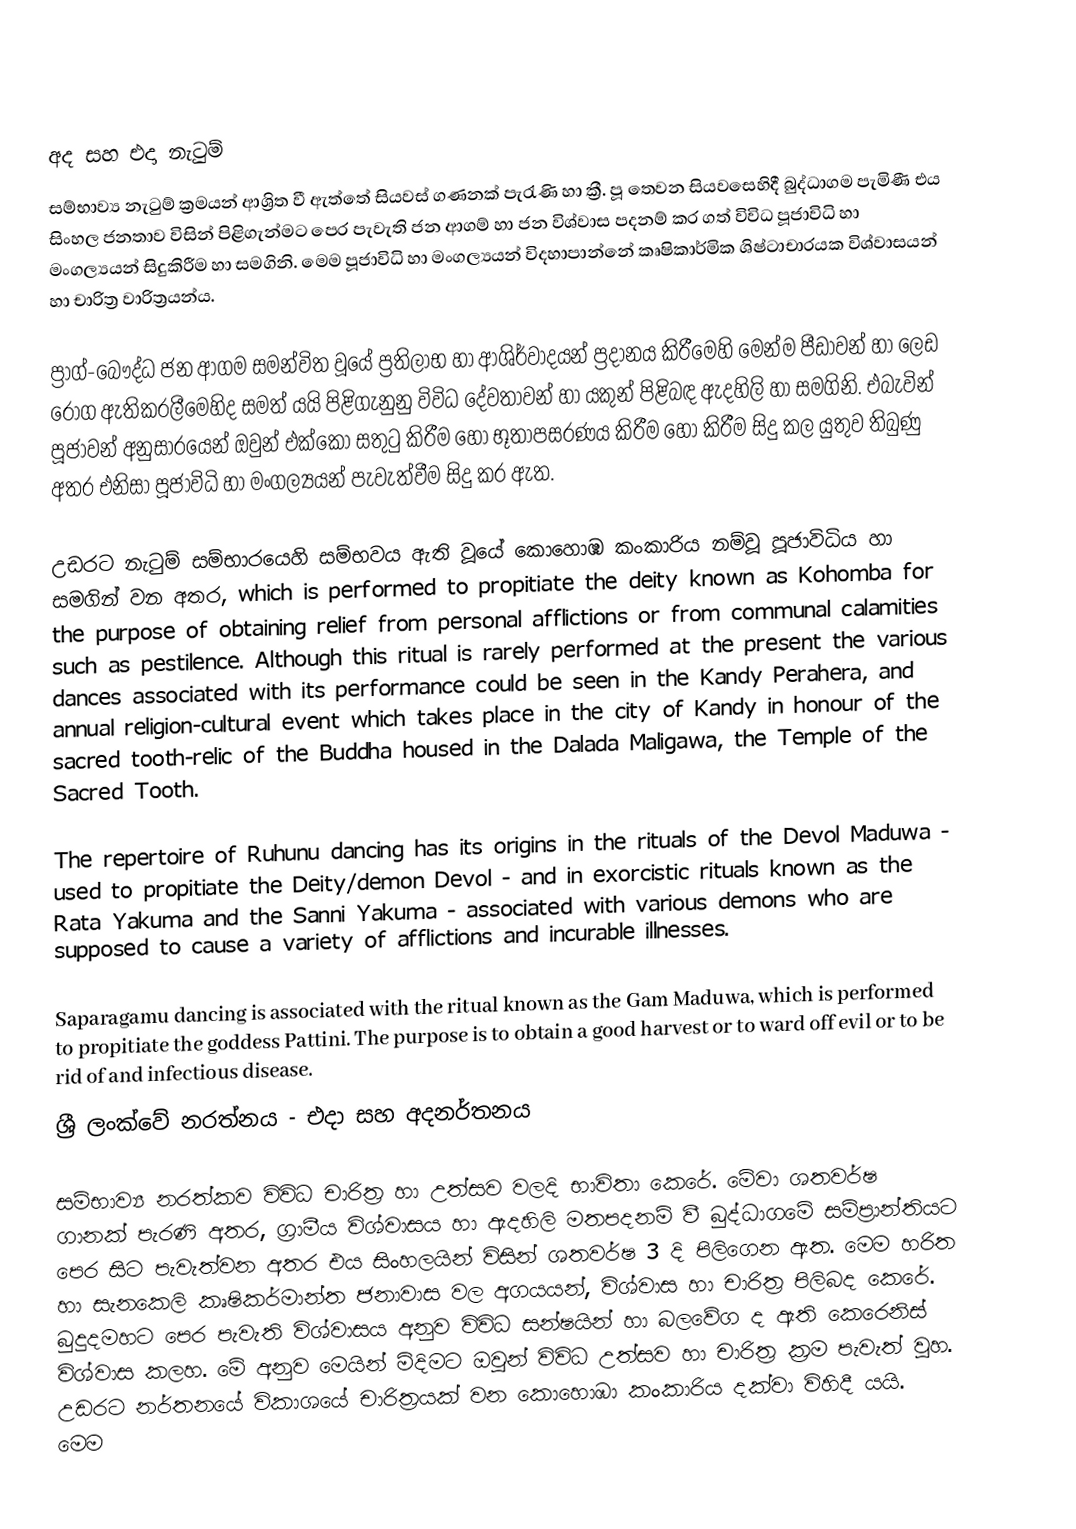

අද සහ එදා නැටුම්
සම්භාව්‍ය නැටුම් ක්‍රමයන් ආශ්‍රිත වී ඇත්තේ ‍සියවස් ගණනක් පැරැණි හා ක්‍රී. පූ තෙවන සියවසෙහිදී බුද්ධාගම පැමිණී එය සිංහල ජනතාව විසින් පිළිගැන්මට පෙර පැවැති ජන ආගම් හා ජන විශ්වාස පදනම් කර ගත් විවිධ පූජාවිධි හා මංගල්‍යයන් සිදුකිරීම හා සමගිනි. මෙම පූජාවිධි හා මංගල්‍යයන් විදහාපාන්නේ කෘෂිකාර්මික ශිෂ්ටාචාරයක විශ්වාසයන් හා චාරිත්‍ර වාරිත්‍රයන්ය.

ප්‍රාග්-බෞද්ධ ජන ආගම සමන්විත වූයේ ප්‍රතිලාභ හා ආශිර්වාදයන් ප්‍රදානය කිරීමෙහි මෙන්ම පීඩාවන් හා ලෙඩ රෝග ඇතිකරලීමෙහිද සමත් යයි පිළිගැනුනු විවිධ දේවතාවන් හා යකුන් පිළිබඳ ඇදහිලි හා සමගිනි. එබැවින් පූජාවන් අනුසාරයෙන් ඔවුන් එක්කෝ සතුටු කිරීම හෝ භූතාපසරණය කිරීම හෝ කිරීම සිදු කල යුතුව තිබුණු අතර එනිසා පූජාවිධි හා මංගල්‍යයන් පැවැත්වීම සිදු කර ඇත.

උඩරට නැටුම් සම්භාරයෙහි සම්භවය ඇති වූයේ  කොහොඹ කංකාරිය නම්වූ පූජාවිධිය හා සමගින් වන අතර, which is performed to propitiate the deity known as Kohomba for the purpose of obtaining relief from personal afflictions or from communal calamities such as pestilence. Although this ritual is rarely performed at the present the various dances associated with its performance could be seen in the Kandy Perahera, and annual religion-cultural event which takes place in the city of Kandy in honour of the sacred tooth-relic of the Buddha housed in the Dalada Maligawa, the Temple of the Sacred Tooth.

The repertoire of Ruhunu dancing has its origins in the rituals of the  Devol Maduwa - used to propitiate the Deity/demon Devol - and in exorcistic rituals known as the Rata Yakuma and the Sanni Yakuma - associated with various demons who are supposed to cause a variety of afflictions and incurable illnesses.

Saparagamu dancing is associated with the ritual known as the Gam Maduwa, which is performed to propitiate the goddess Pattini. The purpose is to obtain a good harvest or to ward off evil or to be rid of and infectious disease.
ශ්‍රී ලංක්වේ නරත්නය - එදා සහ අදනර්තනය

සම්භාව්‍ය නරත්කව විවිධ චාරිත්‍ර හා උත්සව වලදි භාවිතා කෙරේ. මේවා ශතවර්ෂ ගානක් පැරණි අතර, ග්‍රාමීය විශ්වාසය හා ඇදහිලි මතපදනම් වී බුද්ධාගමේ සම්ප්‍රාන්තියට පෙර සිට පැවැත්වන අතර එය සිංහලයින් විසින් ශතවර්ෂ 3 දි පිල‍ිගෙන ඇත. මෙම හරිත හා සැනකෙලි කෘෂිකර්මාන්ත ජනාවාස වල අගයයන්, විශ්වාස හා චාරිත්‍ර පිලිබද කෙරේ. බුදුදමහට පෙර පැවැති විශ්වාසය අනුව විවිධ සන්ෂයින් හා බලවේග ද ඇති කෙරෙනිස් විශ්වාස කලහ. මේ අනුව මෙයින් මිදිමට ඔවුන් විවිධ උත්සව හා චාරිත්‍ර ක්‍රම පැවැත් වුහ. උඩරට නර්තනයේ විකාශයේ චාරිත්‍රයක් වන කොහොඹා කංකාරිය දක්වා විහිදී යයි. මෙම